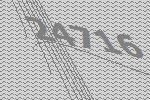
24716